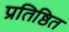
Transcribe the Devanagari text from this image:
प्रतिष्ठित